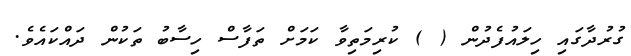
ގުރުދާގައި ހިލައުފެދުން ( ) ކުރިމަތިވާ ކަމަށް ތަފާސް ހިސާބު ތަކުން ދައްކައެވެ.